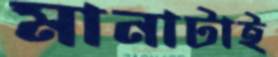
মানাটাই